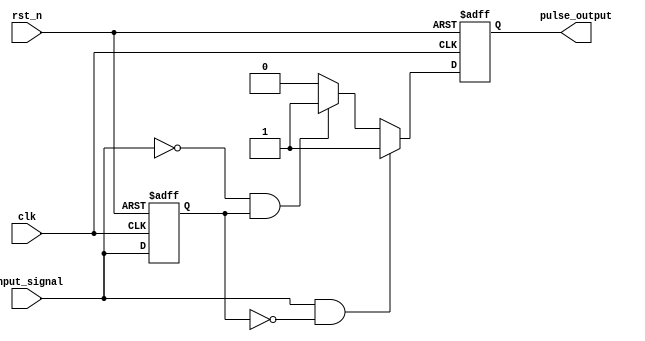
module pulse_edge_detector (
    input wire clk,               // Clock signal
    input wire rst_n,             // Active low reset signal
    input wire input_signal,      // Input signal to detect edges
    output reg pulse_output        // Pulse output for detected edges
);

    reg previous_state;           // Register to store the previous state of the input signal

    always @(posedge clk or negedge rst_n) begin
        if (!rst_n) begin
            previous_state <= 1'b0; // Reset previous state to 0
            pulse_output <= 1'b0;    // Reset pulse output to 0
        end else begin
            // Edge detection logic
            if (input_signal && !previous_state) begin
                // Rising edge detected
                pulse_output <= 1'b1; // Generate pulse for rising edge
            end else if (!input_signal && previous_state) begin
                // Falling edge detected
                pulse_output <= 1'b1; // Generate pulse for falling edge
            end else begin
                pulse_output <= 1'b0; // No edge detected
            end
            
            // Update previous state
            previous_state <= input_signal;
        end
    end

endmodule